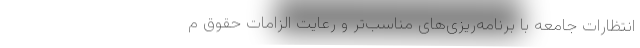
انتظارات جامعه با برنامه‌ریزی‌های مناسب‌تر و رعایت الزامات حقوق م